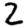
Digit: 2